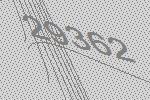
29362